Civil Veterinary Department Bihar & Orissa reports 1929-36 - 1929-1936
Year: 1929
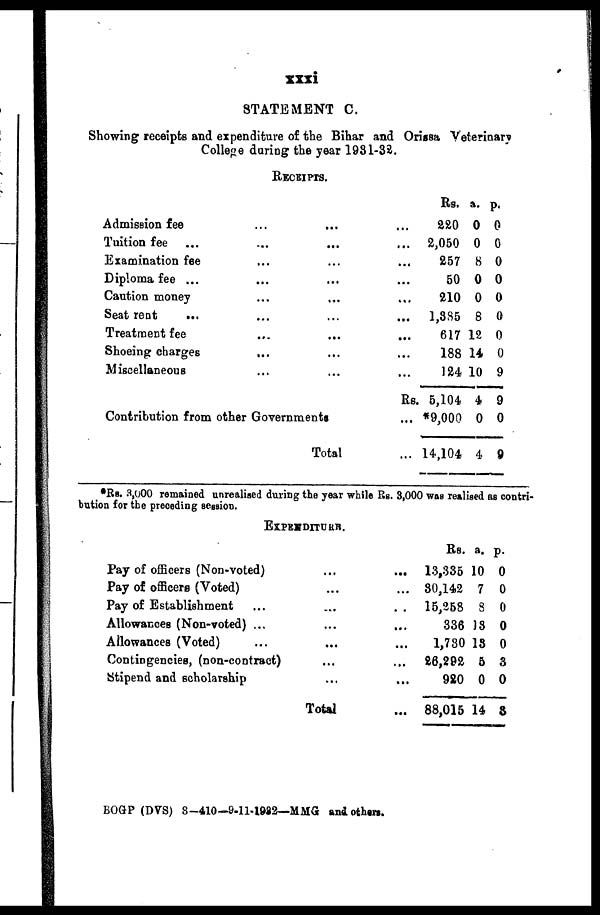
xxxi
STATEMENT C.
Showing receipts and expenditure of the Bihar and Orissa Veterinary
College during the year 1981-32.
RECEIPTS.
Admission fee ... ... ...
Tuition fee ... ...
Examination fee ... ... ...
Diploma fee ... ... ...
Caution money ... ... ...
Seat rent
...
...
...
...
Treatment fee
...
...
...
Shoeing charges ... ... ...
Miscellaneous ... ... ...
Rs.
Contribution from other Governments ...
Total ...
Rs.
220
2,050
257
50
210
1,885
617
188 14
124
5,104
*9,000
14,104
a.
0
0
8
0
0
8
12
10
4
0
4
p.
0
0
0
0
0
0
0
0
9
9
0
9
*Rs. 3,000 remained unrealised during the year while Rs. 3,000 was realised as contri-
bution for the preceding session.
EXPENDITUERE.
Pay of officers (Non-voted) ... ...
Pay of officers (Voted) ... ...
Pay of Establishment ... ... ..
Allowances (Non-voted) ... ... ...
Allowances (Voted) ... ... ...
Contingencies, (non-contract) ... ...
Stipend and scholarship ... ...
Total ...
Rs.
13,335
80,142
15,258
336
1,730
26,292
980
88,015
a.
10
7
8
18
18
5
0
14
p.
0
0
0
0
0
3
0
3
BOGP (DVS) 8—410—9-11-1982—MMG and others.